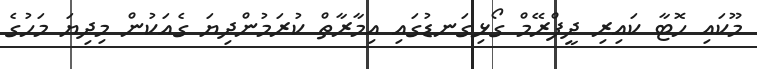
މޫކައި ހޮޓާ ކައިރި ދީފްރޭމް ގޯޅިގަނޑުގައި އިމާރާތް ކުރަމުންދިޔަ ގެއަކުން މިދިޔަ މަހުގެ